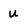
Character: u